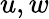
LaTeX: u,w